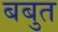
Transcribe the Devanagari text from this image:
बबुत